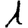
Digit: 1